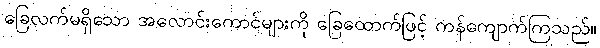
ခြေလက်မရှိသော အလောင်းကောင်များကို ခြေထောက်ဖြင့် ကန်ကျောက်ကြသည်။